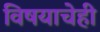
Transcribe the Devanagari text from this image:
विषयाचेही